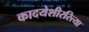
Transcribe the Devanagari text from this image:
कादयेशीररित्या